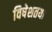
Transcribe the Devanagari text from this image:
विषेशतया